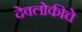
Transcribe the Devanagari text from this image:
देवलोकीचे